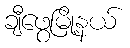
ချီဖွေမြို့နယ်